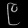
Digit: ၉